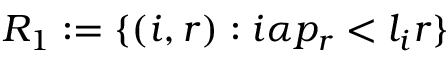
R _ { 1 } : = \{ ( i , r ) : i \alpha p _ { r } < l _ { i } r \}